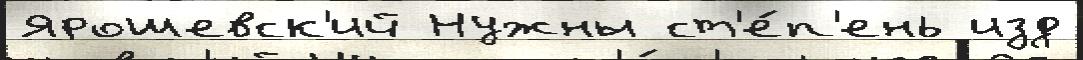
Ярошевск'ий Нужны ст'е́п'ень изд